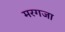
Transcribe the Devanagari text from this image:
मरगजा